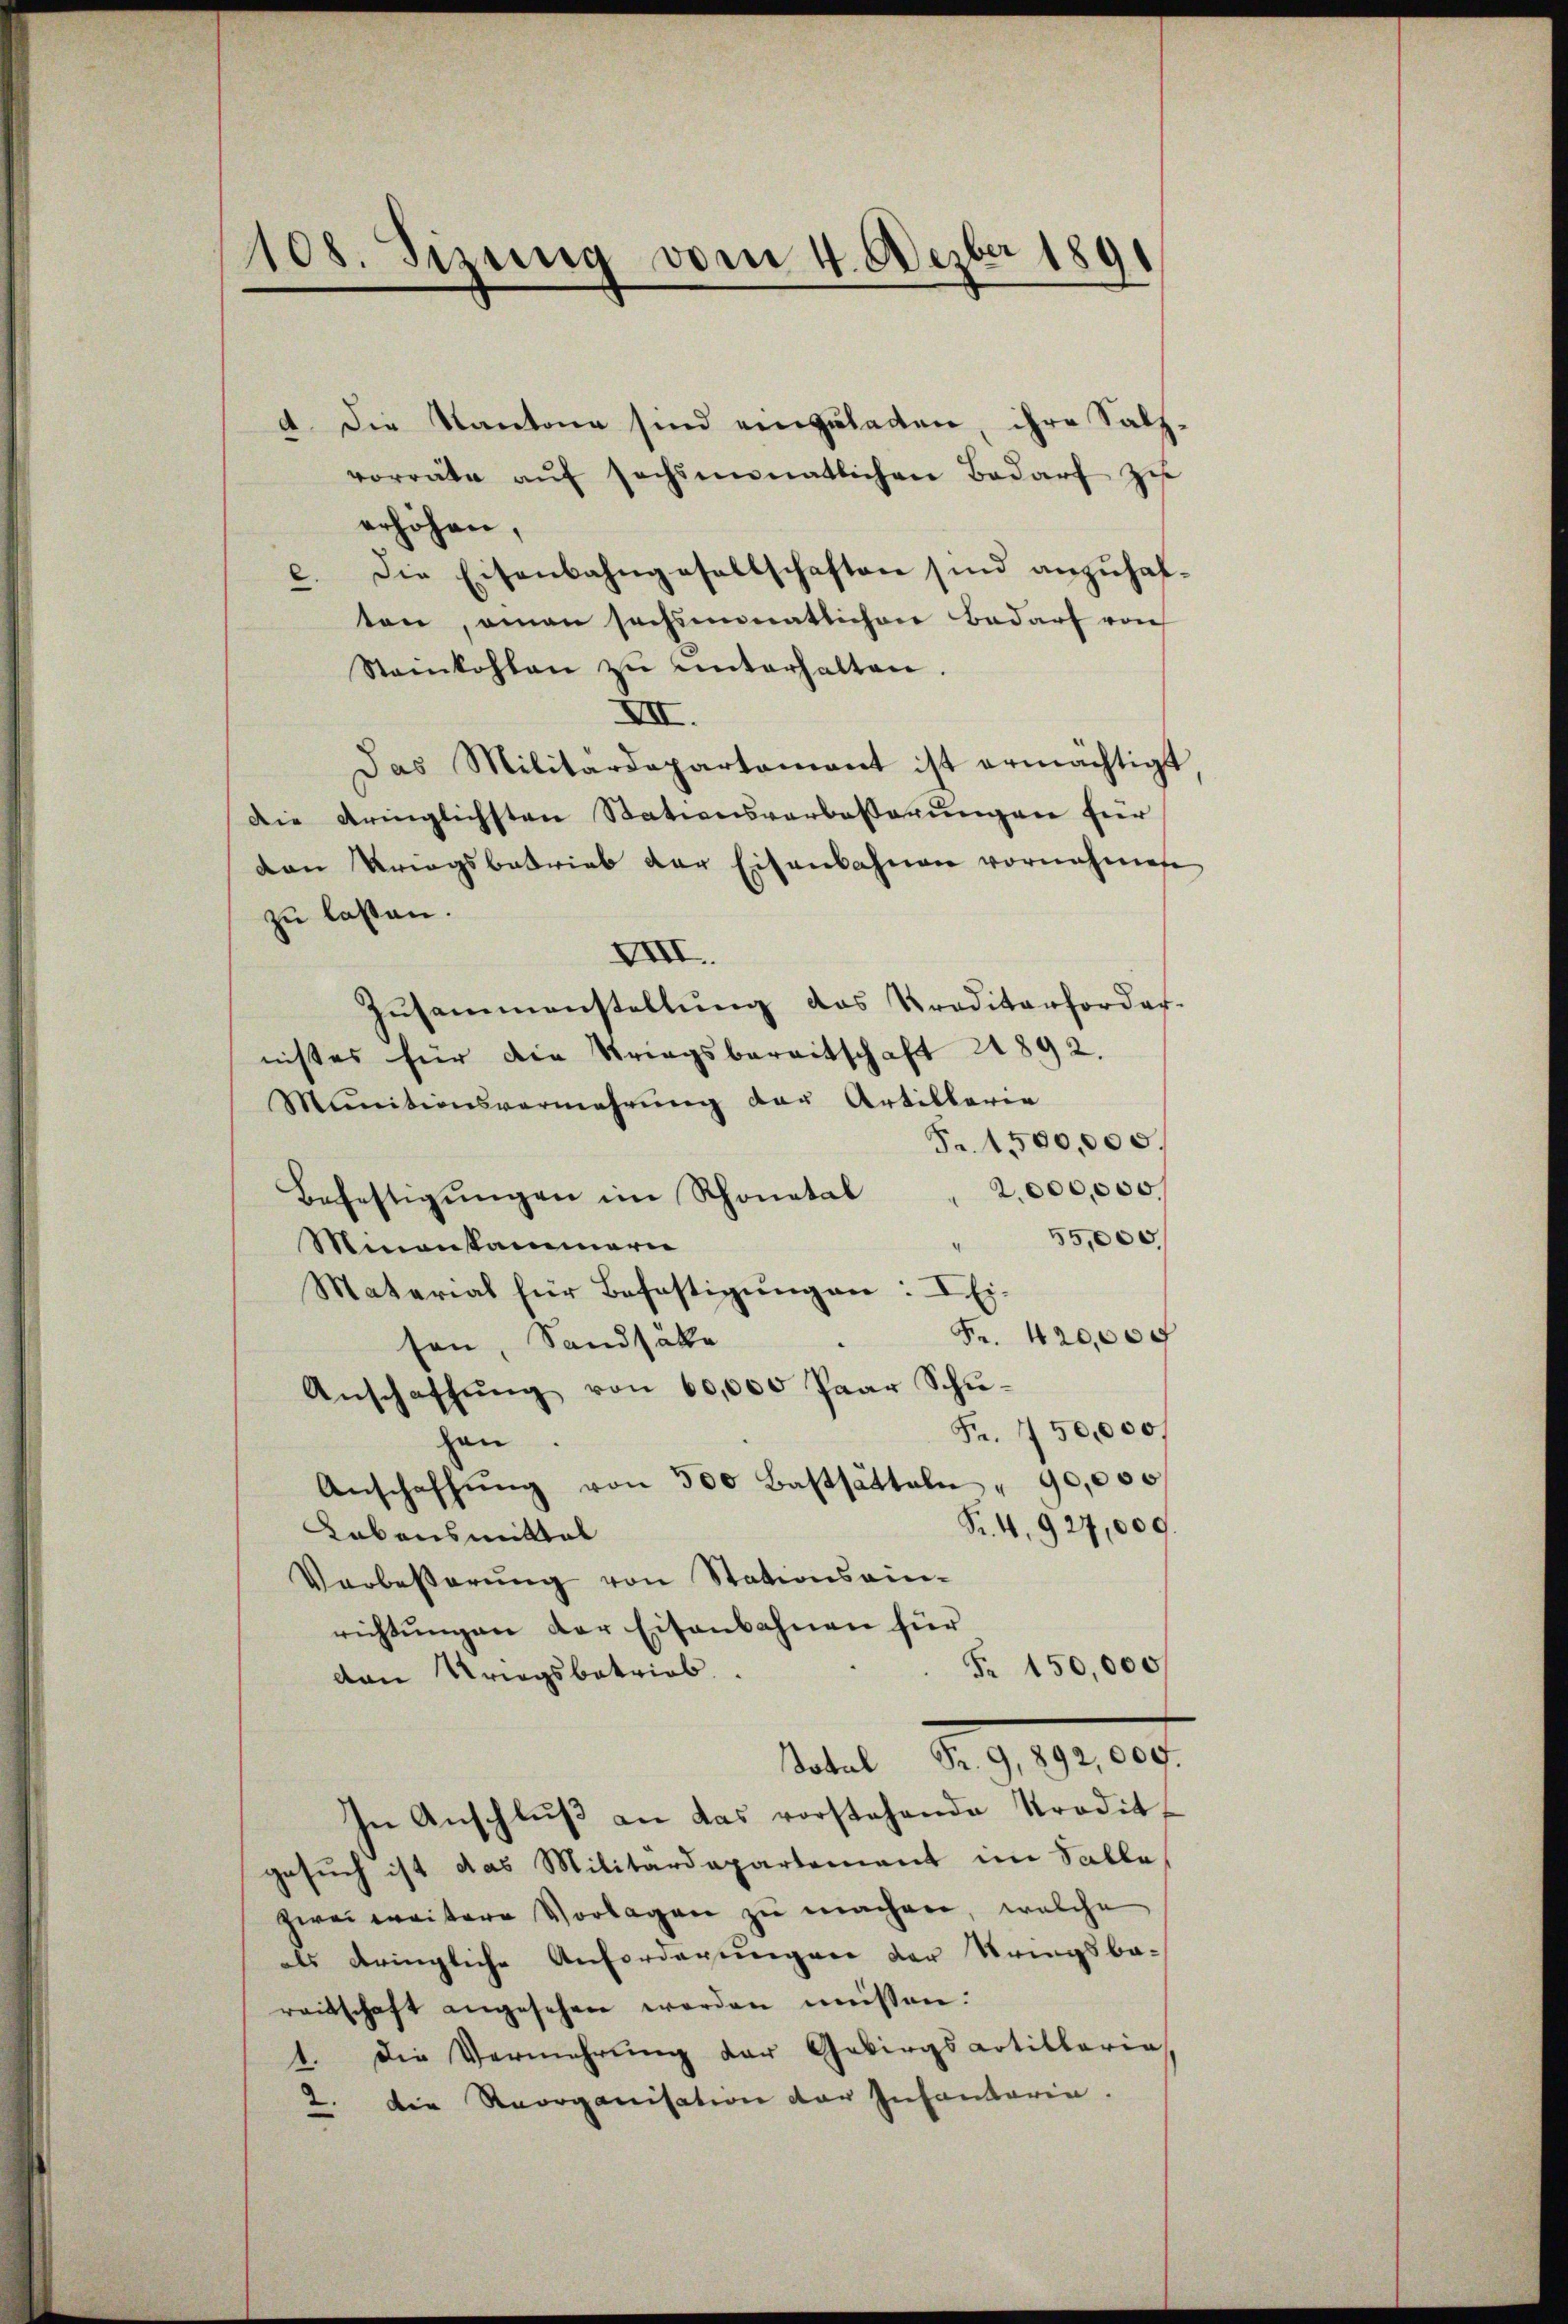
108. Sizung vom 4. Dezbr 1891

d. Die Kantone sind einzuladen, ihre Salzvorräte aŭf sechsmonatlichen Bedarf zu
erhöhen,
Die Eisenbahngesellschaften sind anzuhal¬
.
ten, amen sechsmonatlichen Bedarf von
Steinkohlen zŭ ŭnterhalten.
XII.
Das Militärdepartament ist ermächtigt
Die dringlichsten Stationsverbesserungen für
den Kriegsbetrieb der Eisenbahnen vornahmete
zu lassen.
VIII.
Zŭsammenstellŭng das Traditarforder-
nistes für die Striegsbereitschaft 21892.
Munitionsvermehrung der Artillarie
Fr. 1500,000.
Befestigŭngen im Schonetal " 2,000,000.
55,000.
Minankammerie
Material für Befestigungen: I Ei-
Fr. 420,000
sen, Sandsakte
Anschaffŭng von 60,000 Paar Schŭ-
Fr. 750,000
hen.
Anschaffŭng von 500 Bastatteln " 90,000
Fr. 4. 927,009.
Kabausmittal
Verbesserŭng von Stationsain-
richtŭngen der Eisenbahnen für
Fr. 150,000
den Kriegsbetrieb
satel d. 9. 1910.
In Anschluß an das vorstehende Prodit,
gesuch ist das Militärdepartement im Salle
zwei weitere Vorlagen zŭ machen, welche
als dringliche Anforderungen der Stringsbareitschaft angesehen werden müssen.
1. Die Vermehrŭng der Gebirgsartillaria
" die Reorganisation der Infandarin.